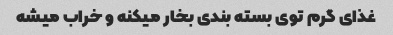
غذای گرم توی بسته بندی بخار میکنه و خراب میشه